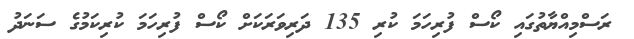
ރަސްމިއްޔާތުގައި ކޯސް ފުރިހަމަ ކުރި 135 ދަރިވަރަކަށް ކޯސް ފުރިހަމަ ކުރިކަމުގެ ސަނަދު